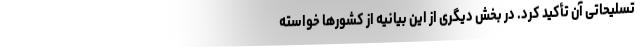
تسلیحاتی آن تأکید کرد. در بخش دیگری از این بیانیه از کشورها خواسته